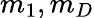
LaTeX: m_{1},m_{D}